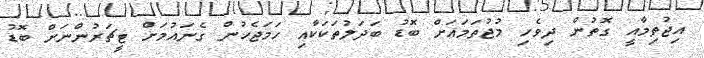
އިޖުތިމާއީ ގޮތުން ދިވެހި މުޖުތަމައަށް ބޮޑު ބަދަލުތަކަކާއި ހަމަޖެހުން ގެނައުމަށް ޓީޗަރުންނަށް ބޮޑު